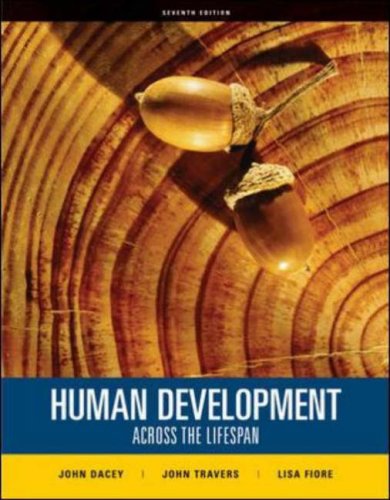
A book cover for Human Development Across the Lifespan; John Dacey; Politics & Social Sciences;